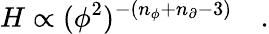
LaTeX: H\propto(\phi^{2})^{-(n_{\phi}+n_{\partial}-3)}\quad.